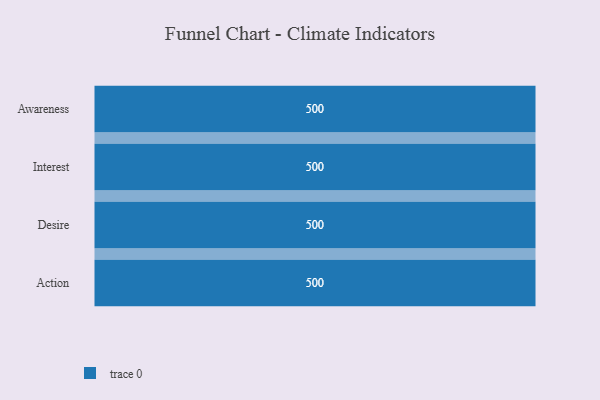
{"axis": {"x": "Stage", "y": "Value"}, "legend": [""], "data": [{"x": "Awareness", "y": 500, "type": ""}, {"x": "Interest", "y": 500, "type": ""}, {"x": "Desire", "y": 500, "type": ""}, {"x": "Action", "y": 500, "type": ""}]}